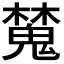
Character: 𣝹